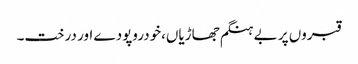
قبروں پر بے ہنگم جھاڑیاں،خودروپودے اور درخت۔